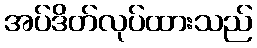
အပ်ဒိတ်လုပ်ထားသည်